Tartu_pedagoogiumi_aruanded, lk 73
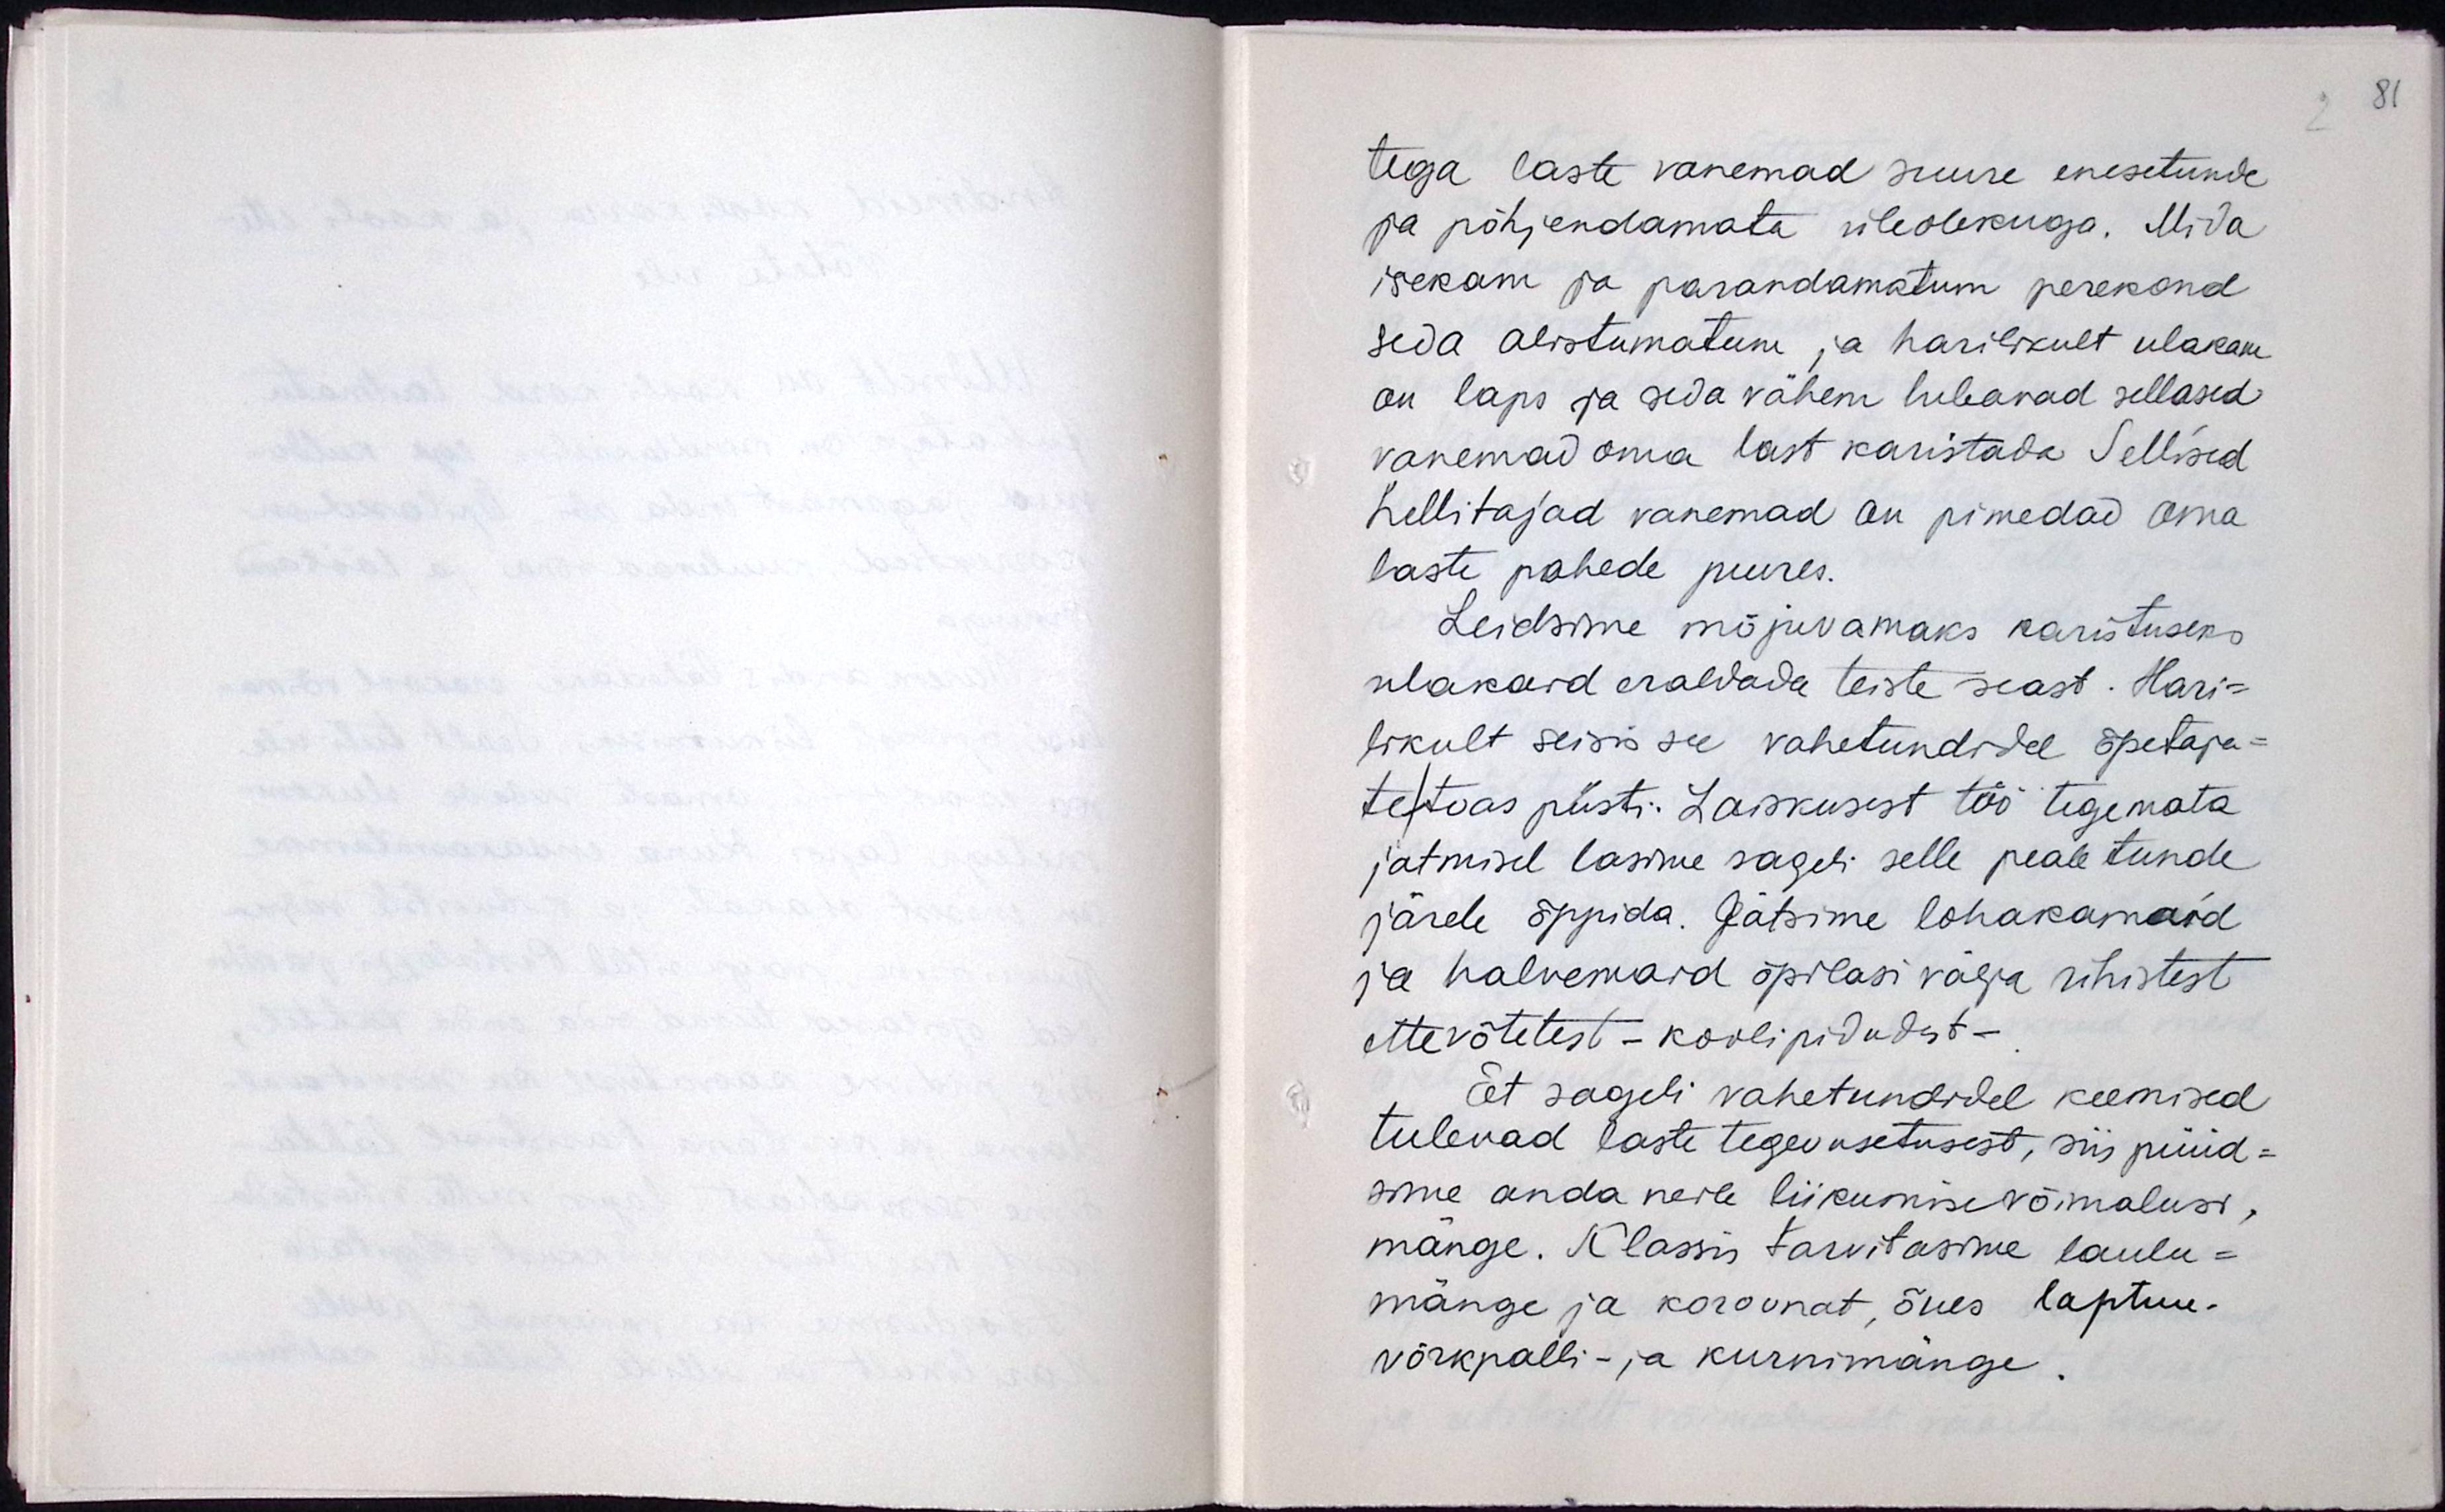
tega laste vanemad suure enesetunde
ja põhjendamata üleolekutega. Mida
isekam ja parandamatum perekond
seda alistumatum ja harilikult ulakam
on laps ja seda vähem lubavad sellased
vanemad oma last karistada. Sellised
hellitajad vanemad on pimedad oma
laste pahede juures.
Leidsime mõjuvamaks karistuseks
ulakaid eraldada teiste seast. Hari-
likult seisis see vahetundidel õpetaja-
te toas püsti. Laiskusest töö tegemata
jätmisel lasime sageli selle peale tunde
järele õppida. Jätsime lohakaimad
ja halvemaid õpilasi välja ühistest
ettevõtetest - koolipidudest.
Et sageli vahetundidel keemised
tulevad laste tegevusetusest, siis püüd-
sime anda neile liikumisevõimalusi,
mänge. Klassis tarvitasime laulu-
mänge ja koroonat, õues, laptuu
võrkpalli- ja kurnimänge.